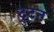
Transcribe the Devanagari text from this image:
ट्रुटन